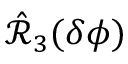
\hat { \mathcal { R } } _ { 3 } ( \delta \phi )